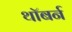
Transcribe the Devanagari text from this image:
थॉबर्न